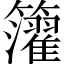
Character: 𥷧